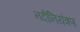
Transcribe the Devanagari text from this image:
नदीनियंत्रण